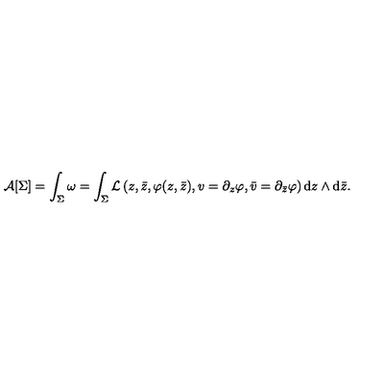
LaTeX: { \cal A } [ \Sigma ] = \int _ { \Sigma } \omega = \int _ { \Sigma } { \cal L } \left( z , \bar { z } , \varphi ( z , \bar { z } ) , v = \partial _ { z } \varphi , \bar { v } = \partial _ { \bar { z } } \varphi \right) { \mathrm { d } } z \wedge \mathrm { d } \bar { z } .